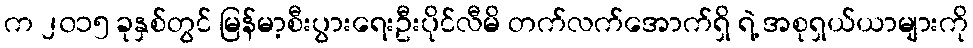
က ၂၀၁၅ ခုနှစ်တွင် မြန်မာ့စီးပွားရေးဦးပိုင်လီမိ တက်လက်အောက်ရှိ ရဲ့ အစုရှယ်ယာများကို